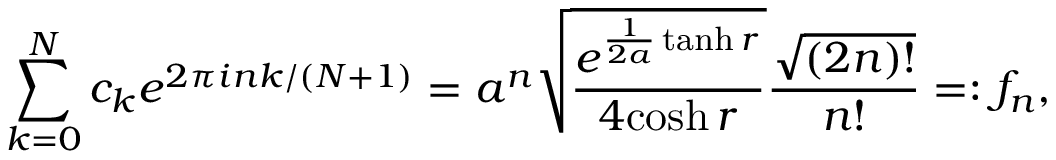
\sum _ { k = 0 } ^ { N } c _ { k } e ^ { 2 \pi i n k / ( N + 1 ) } = a ^ { n } \sqrt { \frac { e ^ { \frac { 1 } { 2 a } \operatorname { t a n h } r } } { 4 { \cosh r } } } \frac { \sqrt { ( 2 n ) ! } } { n ! } = : f _ { n } ,